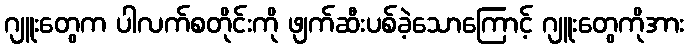
ဂျူးတွေက ပါလက်စတိုင်းကို ဖျက်ဆီးပစ်ခဲ့သောကြောင့် ဂျူးတွေကိုအား